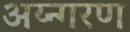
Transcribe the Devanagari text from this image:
अय्न्गरण